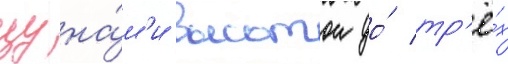
цуна́м'и высотои до́ тр'ё́х